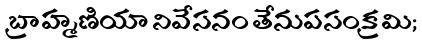
బ్రాహ్మణియా నివేసనం తేనుపసంక్రమి;